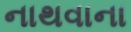
નાથવાના